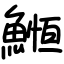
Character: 䱴